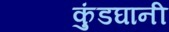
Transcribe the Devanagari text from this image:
कुंडघानी